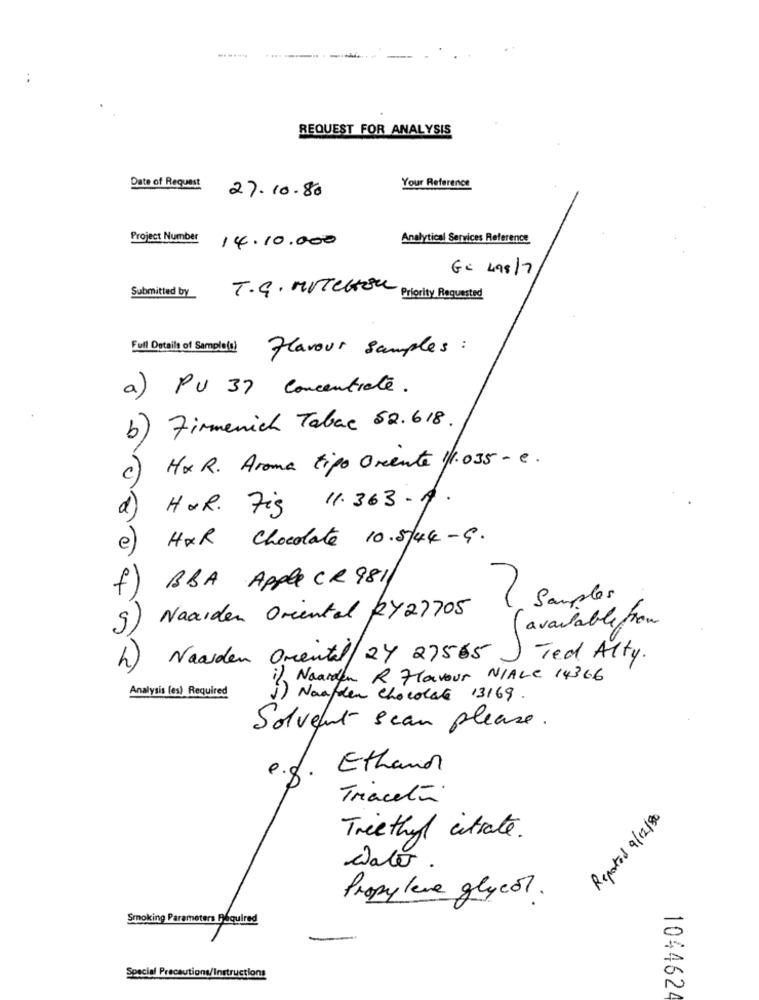
REQUEST FOR ANALYSIS
Date of Request
27.10.80
Your Reference
Analytical Services Reference
Project Number 14.10.000
GC 498/7
Submitted by
T.G. MiTecton,
Priority Requested
Full Details of Sample(s)
flavour samples :
a) PU 37 Concentrate.
b) Firmenich Tabac 52.618.
Hx R. Aroma tipo Oriente 1/1.035 - e.
c)
11.363-4.
a) HOR. Fig
HAR Chocolate 10.5/44-9.
e)
BBA Apple CR 9811
f)
Samples
Naarden Oriental RY27705
(available from
9)
Naarden Oriental 24 27565
Ted Alty.
i), Naarden R Flavour NIALe 14366
Analysis (es) Required
1) Naafden Chocolate 13169
Solvent scan please .
Ethanol
0.8
Traceti
Reported 9/12/80
Treethyl citrate.
Date
Propylene glycol.
Smoking Parameters Required
Special Precautions/Instructions
1044624